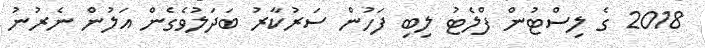
2018 ގެ ލިސްޓުން ފްލެޓު ލިބި ފަހުން ސަރުކާރު ބަދަލުވެގެން އަލުން ނެރުނު